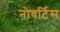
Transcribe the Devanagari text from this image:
नोवर्टिस